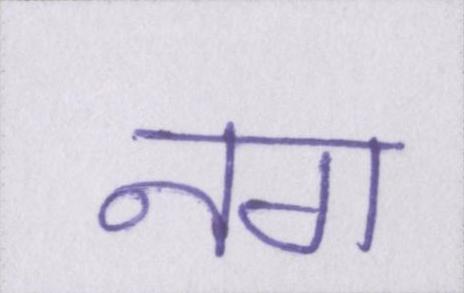
नग